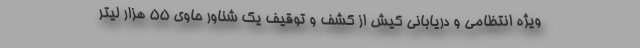
ویژه انتظامی و دریابانی کیش از کشف و توقیف یک شناور حاوی ۵۵ هزار لیتر